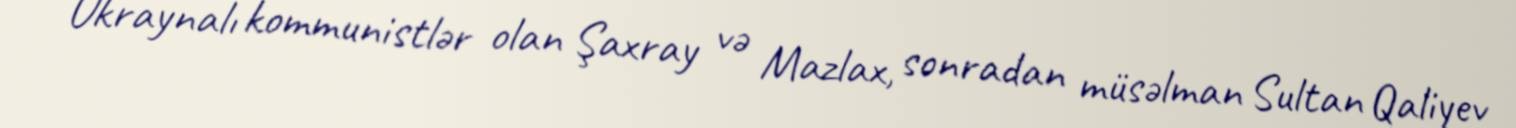
Ukraynalı kommunistlər olan Şaxray və Mazlax, sonradan müsəlman Sultan Qaliyev